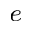
_ e